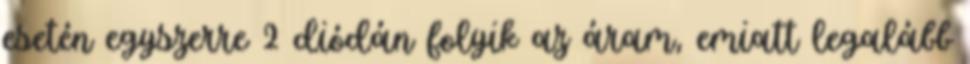
esetén egyszerre 2 diódán folyik az áram, emiatt legalább